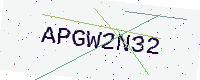
Text: APGW2N32